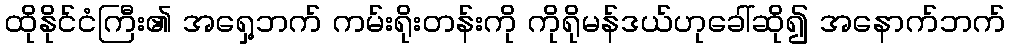
ထိုနိုင်ငံကြီး၏ အရှေ့ဘက် ကမ်းရိုးတန်းကို ကိုရိုမန်ဒယ်ဟုခေါ်ဆို၍ အနောက်ဘက်